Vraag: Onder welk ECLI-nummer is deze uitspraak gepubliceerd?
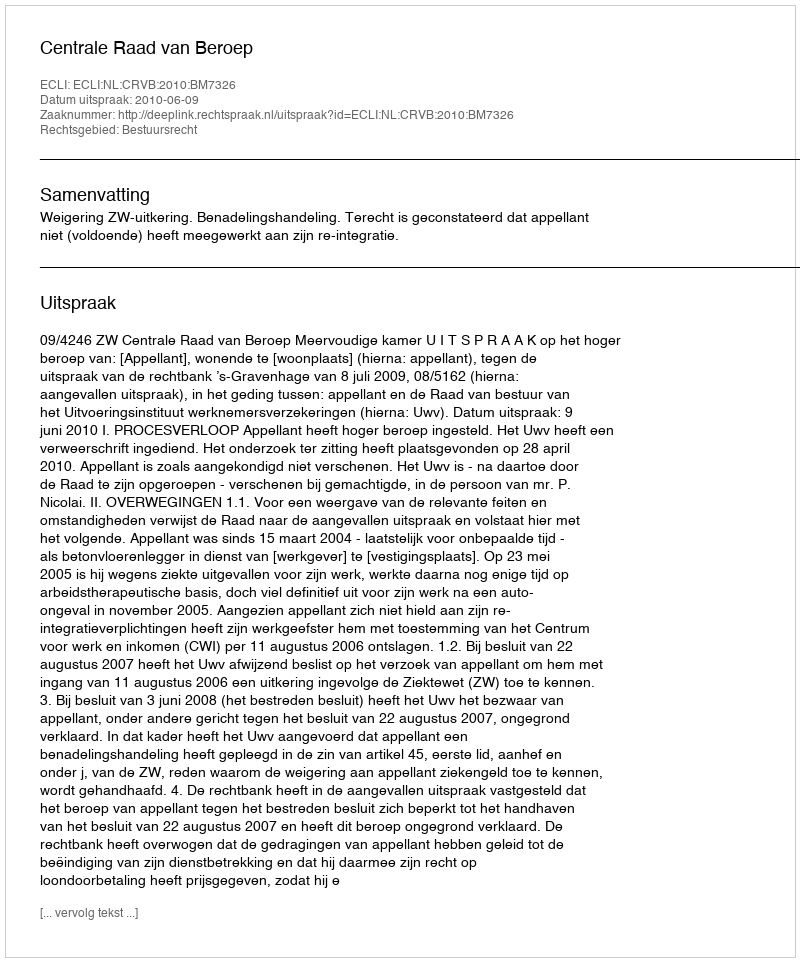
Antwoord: ECLI:NL:CRVB:2010:BM7326